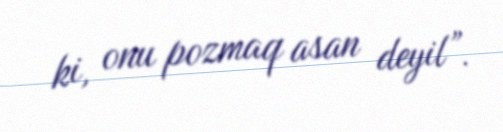
ki, onu pozmaq asan deyil”.